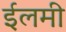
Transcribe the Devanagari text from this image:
ईलमी